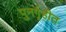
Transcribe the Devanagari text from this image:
पुनर्गृहीत